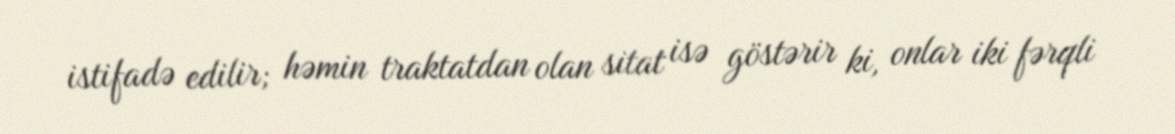
istifadə edilir; həmin traktatdan olan sitat isə göstərir ki, onlar iki fərqli